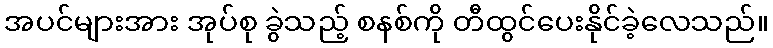
အပင်များအား အုပ်စု ခွဲသည့် စနစ်ကို တီထွင်ပေးနိုင်ခဲ့လေသည်။